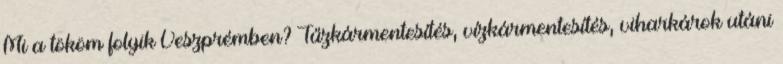
Mi a tököm folyik Veszprémben? Tűzkármentesítés, vízkármentesítés, viharkárok utáni